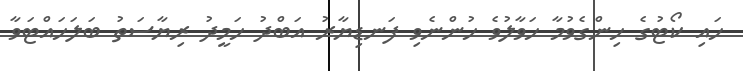
ހައި ކޯޓުގެ ހިންގެވުމާ ހަވާލުވެ ހުންނެވި ފަނޑިޔާރު އަބްދު ހަމީދު ރިޔާސަތު ބަލަހައްޓަވާ